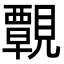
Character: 䚓